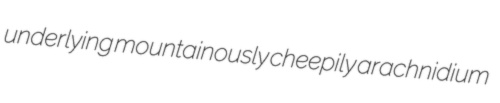
underlying mountainously cheepily arachnidium